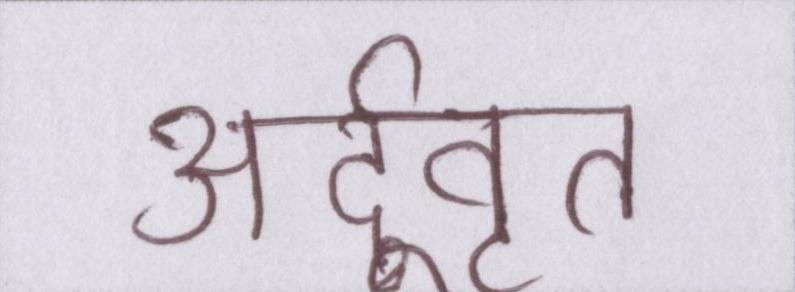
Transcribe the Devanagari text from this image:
अर्द्ववृत्त